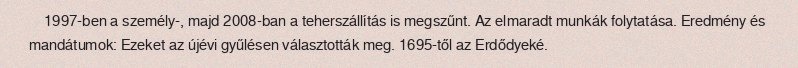
1997-ben a személy-, majd 2008-ban a teherszállítás is megszűnt. Az elmaradt munkák folytatása. Eredmény és mandátumok: Ezeket az újévi gyűlésen választották meg. 1695-től az Erdődyeké.